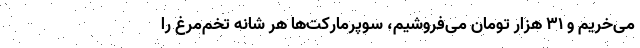
می‌خریم و ۳۱ هزار تومان می‌فروشیم، سوپرمارکت‌ها هر شانه تخم‌مرغ را